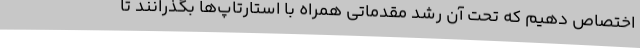
اختصاص دهیم که تحت آن رشد مقدماتی همراه با استارتاپ‌ها بگذرانند تا